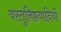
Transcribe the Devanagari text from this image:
वस्तुनिष्ठवादियों